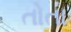
તોતા